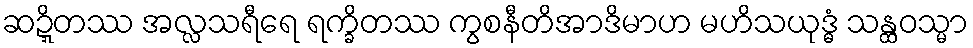
ဆဍ္ဍိတဿ အလ္လသရီရေ ရက္ခိတဿ ကွစနီတိအာဒိမာဟ မဟိသယုဒ္ဓံ သန္ထဝသ္မာ